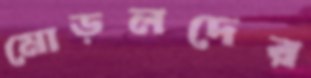
মোড়লদের